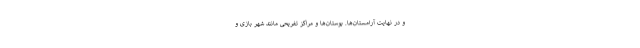
و در نهایت آرامستان‌ها. بوستان‌ها و مراکز تفریحی مانند شهر بازی و